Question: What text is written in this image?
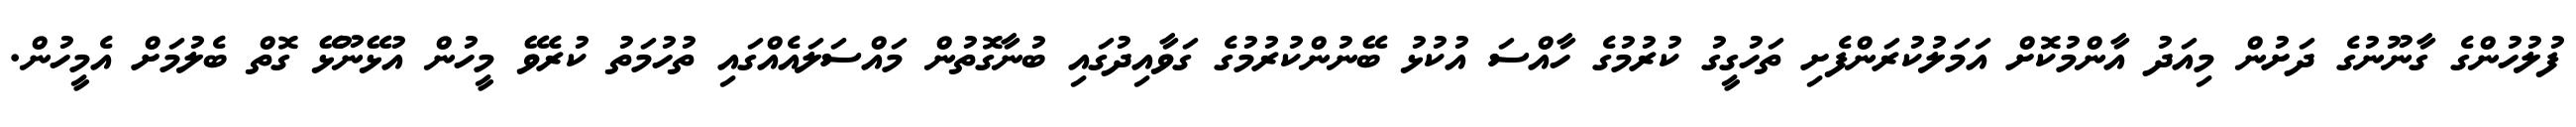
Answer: ފުލުހުންގެ ގާނޫނުގެ ދަށުން މިއަދު އާންމުކޮށް އަމަލުކުރަންފެށި ތަހުގީގު ކުރުމުގެ ހާއްސަ އުކުޅު ބޭނުންކުރުމުގެ ގަވާއިދުގައި ބުނާގޮތުން މައްސަލައެއްގައި ތުހުމަތު ކުރެވޭ މީހުން އުޅޭނޫޅޭ ގޮތް ބެލުމަށް އެމީހުން.